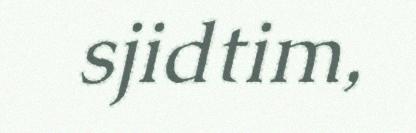
sjidtim,